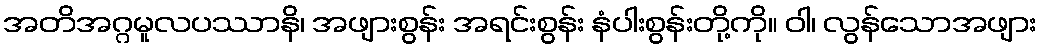
အတိအဂ္ဂမူလပဿာနိ၊ အဖျားစွန်း အရင်းစွန်း နံပါးစွန်းတို့ကို။ ဝါ၊ လွန်သောအဖျား